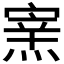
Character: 𤌊